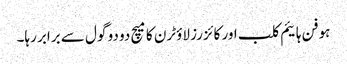
ہوفن ہائیم کلب اور کائزرز لاؤٹرن کا میچ دو دو گول سے برابر رہا۔